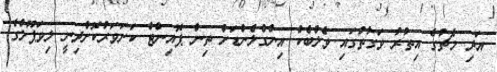
އަދި މެޗުގެ އިތުރު ވަގުތުގައި ވެލްބެކް އިންގްލެންޑަށް ތިން ޕޮއިންޓް ކަށަވަރުކޮށްދިނީ ލިވަޕޫލްގެ